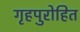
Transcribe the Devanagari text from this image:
गृहपुरोहित